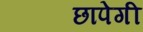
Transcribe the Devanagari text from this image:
छापेगी